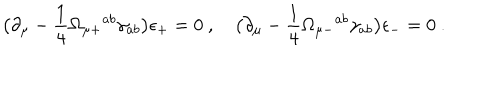
\bigl ( \partial _ { \mu } - { \frac { 1 } { 4 } } \Omega _ { \mu + } { } ^ { a b } \gamma _ { a b } \bigr ) \epsilon _ { + } = 0 \ , \quad \bigl ( \partial _ { \mu } - { \frac { 1 } { 4 } } \Omega _ { \mu - } { } ^ { a b } \gamma _ { a b } \bigr ) \epsilon _ { - } = 0 \ .